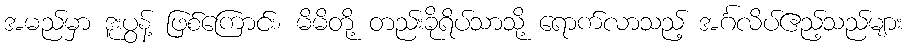
အမည်မှာ ဒူးပွန့် ဖြစ်ကြောင်း၊ မိမိတို့ တည်းခိုရိပ်သာသို့ ရောက်လာသည့် အင်္ဂလိပ်ဧည့်သည်များ